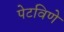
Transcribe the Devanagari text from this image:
पेटविणे